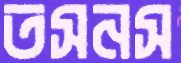
তসনস